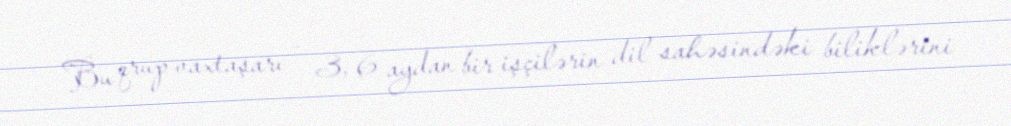
Bu qrup vaxtaşarı - 3, 6 aydan bir işçilərin dil sahəsindəki biliklərini